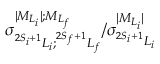
{ \sigma } _ { ^ { 2 S _ { i } + 1 } L _ { i } ; ^ { 2 S _ { f } + 1 } L _ { f } } ^ { \vert { M } _ { { L } _ { i } } \vert ; { M } _ { { L } _ { f } } } / { \sigma } _ { ^ { 2 S _ { i } + 1 } L _ { i } } ^ { \vert { M } _ { { L } _ { i } } \vert }